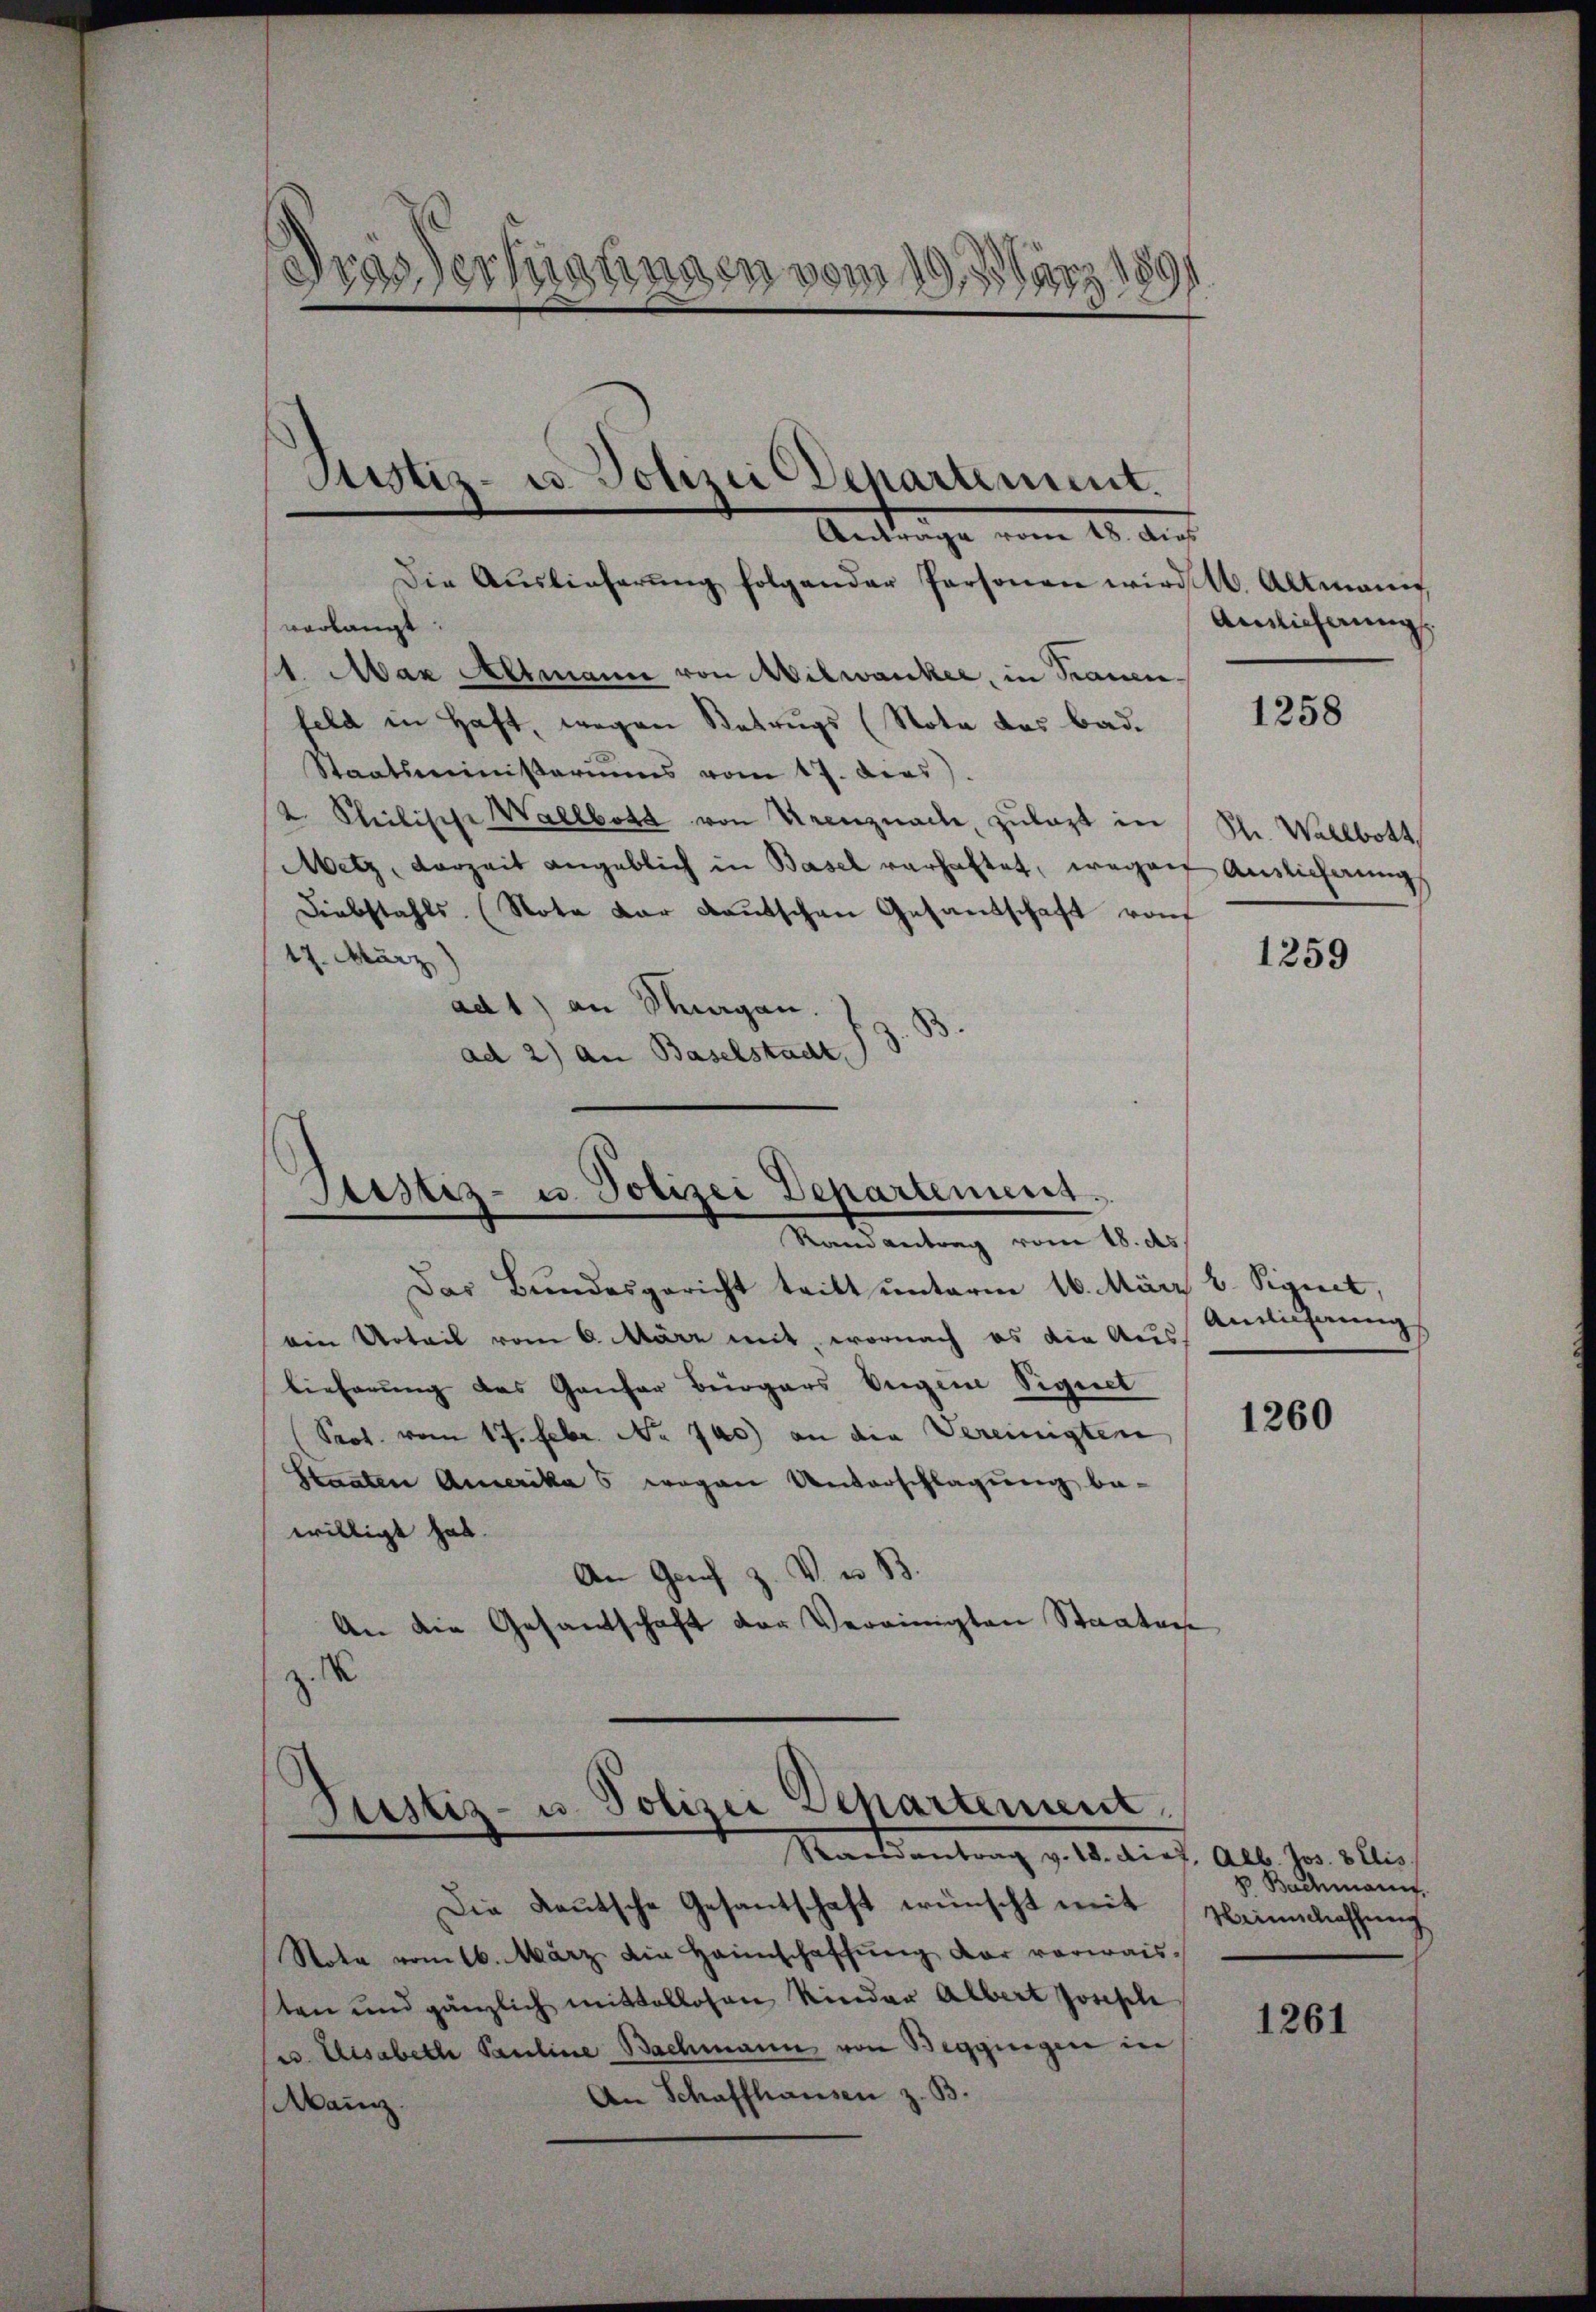
Frassertigungen vom 19. 35
d
Justiz- u. Polizei Departement.
Antrage vom 12. Au

Die Aŭslieferŭng folgender Personen wird. Altmann
verlangt
1. Max Altmann von Milwanker, in Trauen-
feld in Haft, wegen Betrugs (Nota des Bad.
Staatsministeriums vom 17. dies).
2 Stilische Wallbott von Urenznach, zulast in St. Wallbott
Metz, derzeit angeblich in Basel verhaftet, wegen Auslichnung,
Diebstahls. (Nota der Kautschen Gesandschaft von
17. März
1259
ad 1) an Magen.
ad 2) an Baselstadt,

Arstiz- u. Polizei Departement.
Mandantung vom 10. des

Justiz- u. Polizei Separtement.
Machsantrag v. 18. d. d. Alb. her allen

Das Bundesgericht tritt unterm 16. März u. Signet.
ein Urteil vom 6. März mit, wornach es die Ausbieferung des Gansor Beigars beigen Signet
Prof. vom 17. Febr. No 140) an die Vereinigten
Staaten Amerika 5 wegen Unterschlagung be-
willigt hat.
An Genf z. V. u. B.
An die Gesandtschaft der Vereinigten Staaten
z. S

Die Deutsche Gesantschaft wünscht mit
Nota vom 16. März die Heimschaffŭng der verwaissten und gänzlich mittellosen Kinder Albert Josische
e. Elisabeth Pauline Bachmann von Beggingen in
An Schaffhausen z. B.
Mainz.

Ainlicherung

1258

Anlicherung

1260

v Bachmann.
Weinschaffung

1261